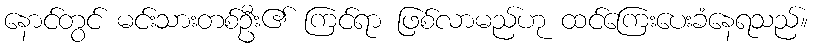
နောင်တွင် မင်းသားတစ်ဦး၏ ကြင်ရာ ဖြစ်လာမည်ဟု ထင်ကြေးပေးခံနေရသည်။